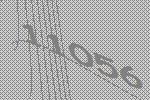
11056